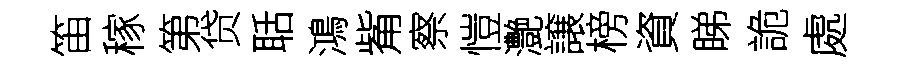
笛稼第贷聒鴻觜察愷灔譲榜資睇詭處